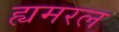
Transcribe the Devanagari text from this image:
ह्यमरल